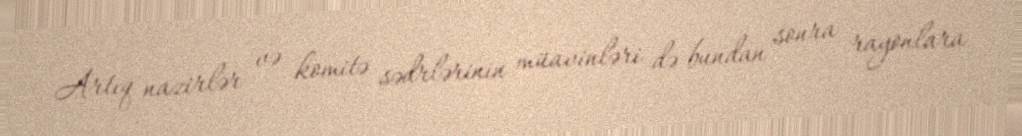
Artıq nazirlər və komitə sədrlərinin müavinləri də bundan sonra rayonlara